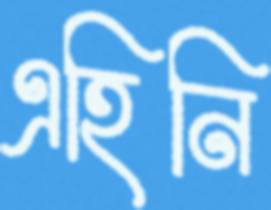
এহিনি